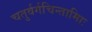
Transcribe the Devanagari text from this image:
चतुर्वर्गचिन्तामािः